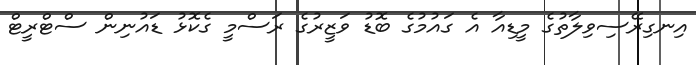
އިނގިރޭސިވިލާތުގެ މީޑިއާ އެ ގައުމުގެ ބޮޑު ވަޒީރުގެ ރަސްމީ ގެކޮޅު ޑައުނިން ސްޓްރީޓް